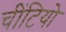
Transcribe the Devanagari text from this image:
चींटियो